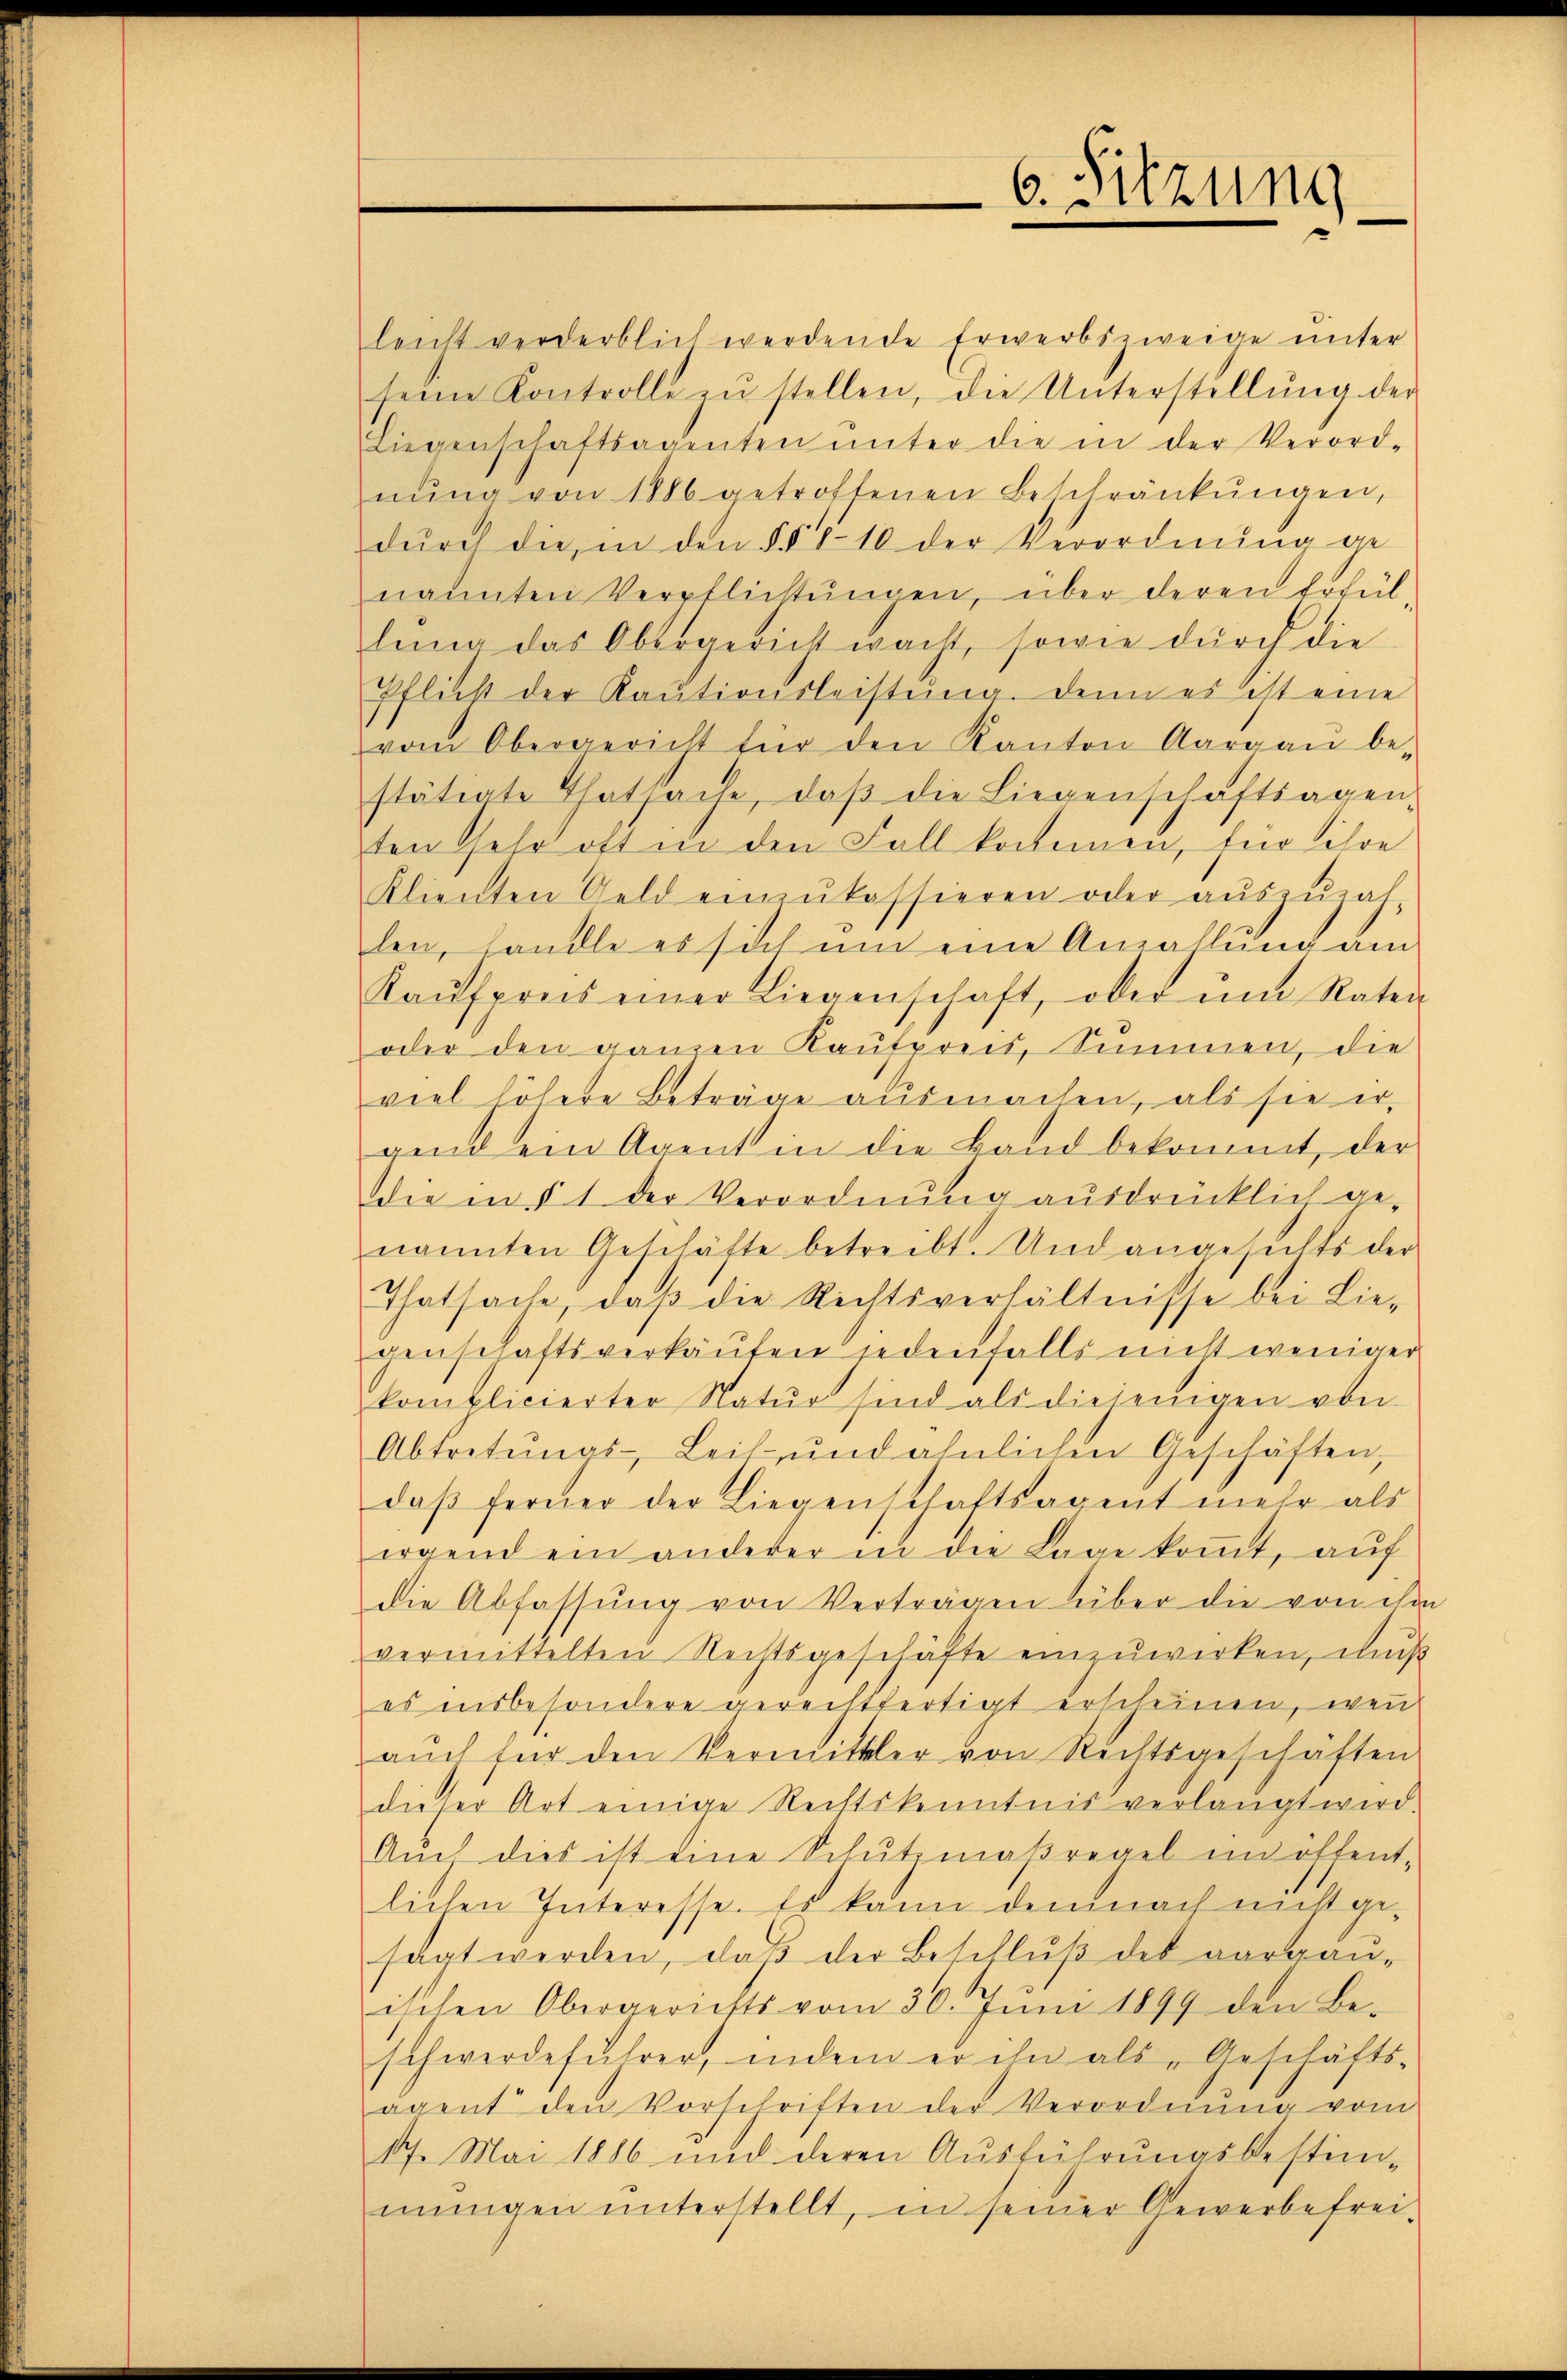
leicht verderblich werdende Erwerbszweige ŭnter
seine Kontrolle zŭ stellen, die Unterstellŭng der
Liegenschaftsagenten ŭnter die in der Verord-
nŭng von 1886 getroffenen Beschränkungen,
dŭrch die in den §§ 110 der Verordnŭng de
nannten Verpflichtungen, über deren Erfüllŭng das Obergericht wacht, sowie durch die
Pflicht der Kaŭtionsleistŭng. Denn es ist eine
vom Obergericht für den Kanton Aargaŭ be-
stätigte Thatsache, daβ die Liegenschaftsagen-
ten sehr oft in den Fall kommen, für ihre
Klienten Geld einzŭkassieren oder aŭszŭzah-
len, handle es sich um eine Anzahlung um
Kaŭfpreis einer Liegenschaft, ober ŭm Raten
oder den ganzen Kaŭfpreis, Simmen, die
viel höhere Beträge ausmachen, als sie er,
gend ein Agent in die Band bekommt, der
die in § 1 der Verordnung ausdrücklich ge-
nannten Geschäfte betreibt. Und angesichts der
Thatsache, daß die Rechtsverhältnisse bei Lie-
genschaftsverkaufen jedenfalls nicht weniger
komplicierter Natŭr sind als diejenigen von
Abtretŭngs- Leitŭnd ähnlichen Geschäften,
daß ferner der Liegenschaftsagent mehr als
irgend ein anderer in die Lage koṁt, aŭf
die Abfassŭng von Verträgen über die von da
vermittelten Rechtsgeschäfte einzuwirken, mus
es insbesondere gerechtfertigt erscheinen, wenn
aŭch für den Vermittler von Rechtsgeschäften
dieser Art einige Rechtskenntnis verlangt wird.
Aŭch dies ist eine Schŭtzmaßregel im öffent-
lichen Interesse. Es kann demnach nicht ge-
sagt werden, daβ der Beschlŭβ des aargaŭ-
ischen Obergerichts vom 30. Jŭni 1899 den Be-
schwerdeführer, indem er ihn als „Geschäfts-
ägent den Vorschriften der Verordnŭng vom
17. Mai 1886 und deren Ausführungsbestim-
mŭngen unterstellt, in seiner Gewerbefrei-

6. Sitzung